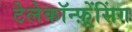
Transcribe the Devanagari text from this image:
टेलेकॉन्फ़्रेंसिंग